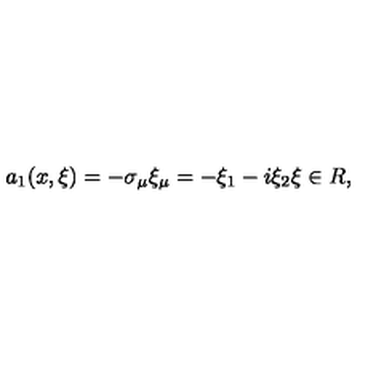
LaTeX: a _ { 1 } ( x , \xi ) = - \sigma _ { \mu } \xi _ { \mu } = - \xi _ { 1 } - i \xi _ { 2 } \xi \in R ,